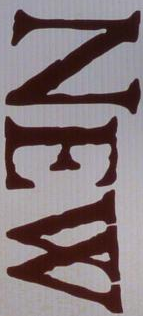
NEW